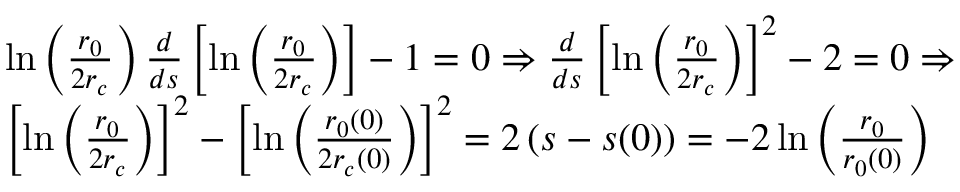
\begin{array} { r l } & { \ln \left( \frac { r _ { 0 } } { 2 r _ { c } } \right) \frac { d } { d s } \left[ \ln \left( \frac { r _ { 0 } } { 2 r _ { c } } \right) \right] - 1 = 0 \Rightarrow \frac { d } { d s } \left[ \ln \left( \frac { r _ { 0 } } { 2 r _ { c } } \right) \right] ^ { 2 } - 2 = 0 \Rightarrow } \\ & { \left[ \ln \left( \frac { r _ { 0 } } { 2 r _ { c } } \right) \right] ^ { 2 } - \left[ \ln \left( \frac { r _ { 0 } ( 0 ) } { 2 r _ { c } ( 0 ) } \right) \right] ^ { 2 } = 2 \left( s - s ( 0 ) \right) = - 2 \ln \left( \frac { r _ { 0 } } { r _ { 0 } ( 0 ) } \right) } \end{array}